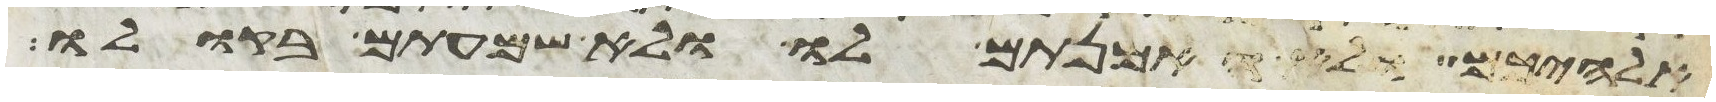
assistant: אלהיכם ולא האמנתם לו ולא שמעתם בקולו